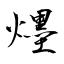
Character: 爅